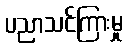
ပညာသင်ကြားမှု